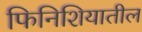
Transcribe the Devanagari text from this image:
फिनिशियातील